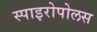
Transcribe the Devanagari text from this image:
स्पाइरोपोलस